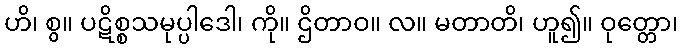
ဟိ၊ စွ။ ပဋိစ္စသမုပ္ပါဒေါ၊ ကို။ ဌိတာဝ။ လ။ မတာတိ၊ ဟူ၍။ ဝုတ္တော၊